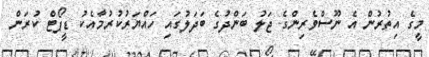
މީގެ އިތުރުން އެ ނޫސްވެރިންގެ ޖަލު ބަންދުގެ ބަދަލުގައި ހައްޔަރުކުރުމާއެކު ޑީޕޯޓް ކުރަން